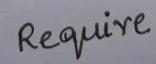
Require